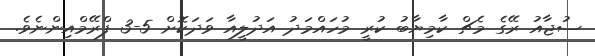
ސުޖާއު ރޭގެ މެޗް ކާމިޔާބު ކުރީ މުހައްމަދު އަދުލީއާ ވަދަކޮށް 5-3 ފްރޭމްއިންނެވެ.